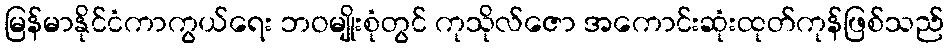
မြန်မာနိုင်ငံကာကွယ်ရေး ဘဝမျိုးစုံတွင် ကုသိုလ်ဇော အကောင်းဆုံးထုတ်ကုန်ဖြစ်သည်